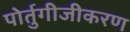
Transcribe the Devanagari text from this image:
पोर्तुगीजीकरण